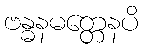
ဗန္ဓနမတ္တေနပိ